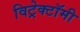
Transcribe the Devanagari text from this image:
विट्रेक्टॉमी